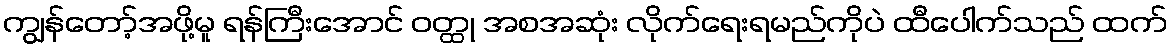
ကျွန်တော့်အဖို့မူ ရန်ကြီးအောင် ဝတ္ထု အစအဆုံး လိုက်ရေးရမည်ကိုပဲ ထီပေါက်သည် ထက်